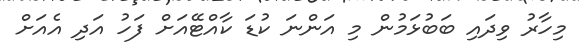
މިހާރު ވިދައި ބަބުޅަމުން މި އަންނަ ކުޑަ ކާއްޓޭއަށް ފަހު އަދި އެއަށް